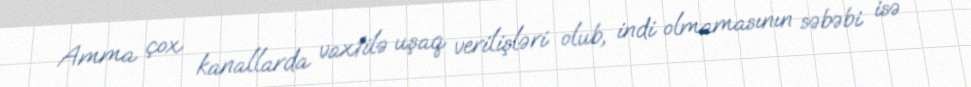
Amma çox kanallarda vaxtilə uşaq verilişləri olub, indi olmamasının səbəbi isə